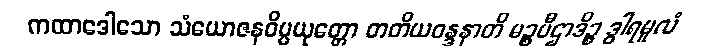
ကထာဒေါသော သံယောဇနဝိပ္ပယုတ္တော တတိယဝန္ဒနာတိ မဉ္စပီဌာဒိဉ္စ ဒွါရမူလံ